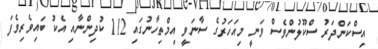
އިސްކަންދަރު ސްކޫލުންވެސް ވަނީ މިއަހަރުގެ ސާނަވީ އިމްތިހާނުގައި 112 ކުދިންނާއި އެކު ބައިވެރިވެފަ